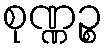
စုဏ္ဏဉ္စ